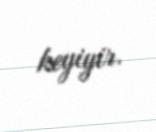
keyiyir.